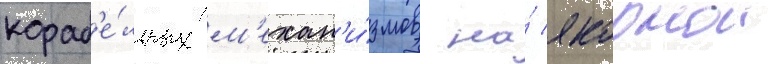
кораб'е́льных м'ехан'и́змов на́ якорнои